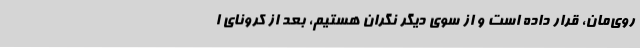
روی‌مان، قرار داده است و از سوی دیگر نگران هستیم، بعد از کرونای ا